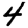
Digit: 4